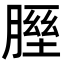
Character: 𦞥